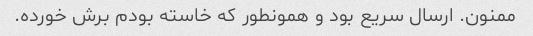
ممنون. ارسال سریع بود و همونطور که خاسته بودم برش خورده.